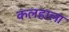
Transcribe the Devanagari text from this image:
कलहाला